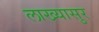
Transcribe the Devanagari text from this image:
लाख्यासुर